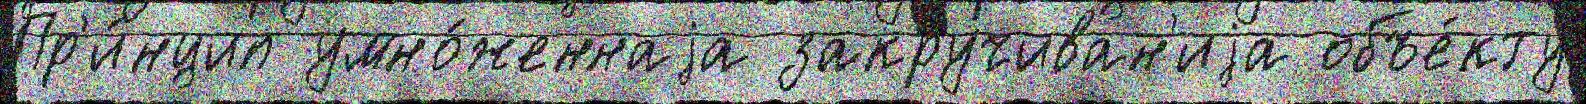
Пр'и́нцип умно́женнаjа закручиван'иjа объе́кту